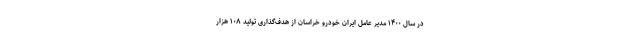
در سال ۱۴۰۰ مدیر عامل ایران خودرو خراسان از هدف‌گذاری تولید ۱۰۸ هزار